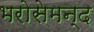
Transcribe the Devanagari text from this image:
भरोसेमन्द